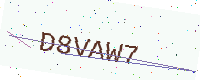
Text: D8VAW7